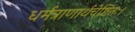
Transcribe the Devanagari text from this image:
धर्मत्राणार्थचेष्टितः।